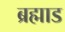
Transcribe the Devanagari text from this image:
ब्रह्माड